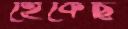
হেঁকেছি